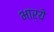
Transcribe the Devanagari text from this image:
भार्ये